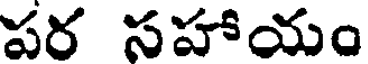
పర సహాయం